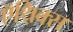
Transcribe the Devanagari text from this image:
ऍथ़िक्स